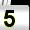
Digit: 5